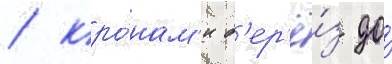
/ кро́нам'и б'ер'ё́з до́